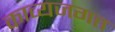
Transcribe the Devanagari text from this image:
काव्यजगत